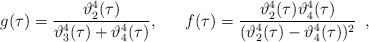
LaTeX: \begin{align*}g(\tau)=\frac{\vartheta_2^4(\tau)}{\vartheta_3^4(\tau)+\vartheta_4^4(\tau)},~~~~~f(\tau)=\frac{\vartheta_2^4(\tau) \vartheta_4^4(\tau)}{(\vartheta_2^4(\tau)-\vartheta_4^4(\tau))^2}~\,,\end{align*}